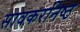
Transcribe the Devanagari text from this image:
सावकरनिष्ठ